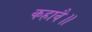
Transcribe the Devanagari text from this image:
कहावै॥